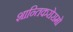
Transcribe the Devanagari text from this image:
शान्तिकरोरामो